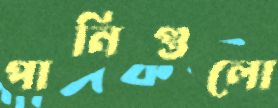
পানিগুলো